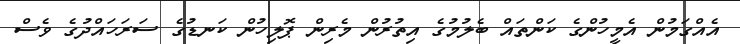
އެއްގަމުން އެމީހުންގެ ކަންތައް ބެލުމުގެ އިތުރުން މެރިން ޕޮލިހުން ކަނޑުގެ ސަރަހައްދުގެ ވެސް